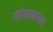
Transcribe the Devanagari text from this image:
मांधाताना